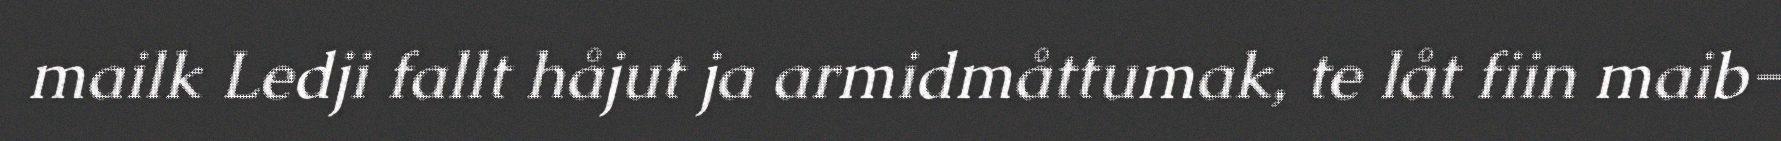
mailk Ledji fallt håjut ja armidmåttumak, te låt fiin maib-